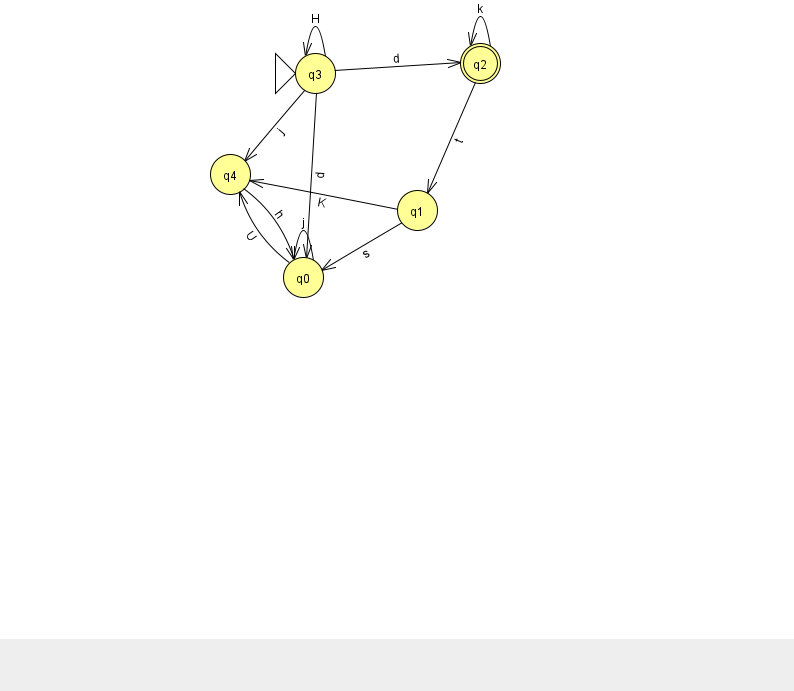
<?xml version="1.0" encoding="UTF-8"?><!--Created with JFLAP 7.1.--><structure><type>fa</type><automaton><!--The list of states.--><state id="0" name="q0"><x>303.0</x><y>264.0</y></state><state id="1" name="q1"><x>417.0</x><y>197.0</y></state><state id="2" name="q2"><x>480.0</x><y>50.0</y><final/></state><state id="3" name="q3"><x>315.0</x><y>60.0</y><initial/></state><state id="4" name="q4"><x>230.0</x><y>161.0</y></state><!--The list of transitions.--><transition><from>4</from><to>0</to><read>h</read></transition><transition><from>3</from><to>0</to><read>d</read></transition><transition><from>2</from><to>1</to><read>t</read></transition><transition><from>3</from><to>4</to><read>j</read></transition><transition><from>3</from><to>3</to><read>H</read></transition><transition><from>0</from><to>0</to><read>j</read></transition><transition><from>2</from><to>2</to><read>k</read></transition><transition><from>1</from><to>4</to><read>K</read></transition><transition><from>3</from><to>2</to><read>d</read></transition><transition><from>1</from><to>0</to><read>s</read></transition><transition><from>0</from><to>4</to><read>U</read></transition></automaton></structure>